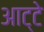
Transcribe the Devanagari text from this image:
आट्टे